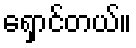
ရှောင်တယ်။